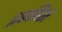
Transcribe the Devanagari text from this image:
इक्कीश